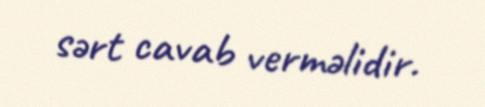
sərt cavab verməlidir.